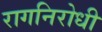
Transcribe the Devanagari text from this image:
रागनिरोधी